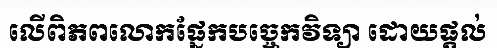
លើពិភពលោកផ្នែកបច្ចេកវិទ្យា ដោយផ្តល់